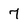
Character: 7